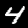
Label: 4